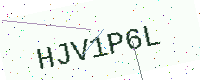
Text: HJV1P6L